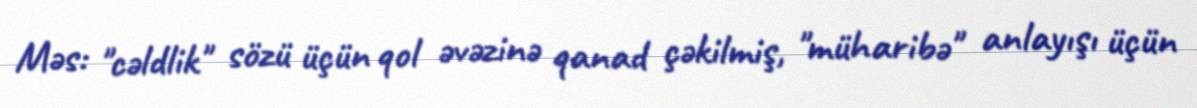
Məs: "cəldlik" sözü üçün qol əvəzinə qanad çəkilmiş, "müharibə" anlayışı üçün